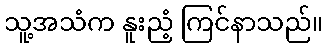
သူ့အသံက နူးညံ့ ကြင်နာသည်။